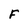
Character: F